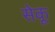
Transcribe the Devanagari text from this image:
सेकू